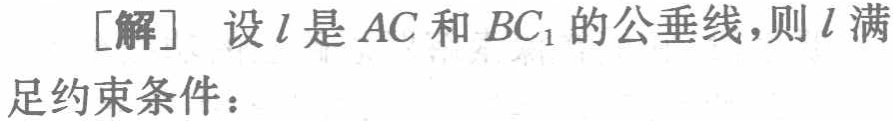
[解] 设\(l\)是\(AC\)和\(BC_{1}\)的公垂线，则\(l\)满足约束条件：